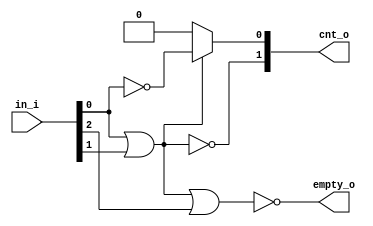
module lzc_00000003
(
  in_i,
  cnt_o,
  empty_o
);

  input [2:0] in_i;
  output [1:0] cnt_o;
  output empty_o;
  wire [1:0] cnt_o,sel_nodes;
  wire empty_o,N0,index_nodes_1__0_,N1;
  assign cnt_o[1] = ~sel_nodes[1];
  assign cnt_o[0] = (N0)? index_nodes_1__0_ : 
                    (N1)? 1'b0 : 1'b0;
  assign N0 = sel_nodes[1];
  assign index_nodes_1__0_ = ~in_i[0];
  assign sel_nodes[0] = sel_nodes[1] | in_i[2];
  assign N1 = ~sel_nodes[1];
  assign sel_nodes[1] = in_i[0] | in_i[1];
  assign empty_o = ~sel_nodes[0];

endmodule